Annual administration report of the Civil Veterinary Department of India - 1907-1908
Year: 1907
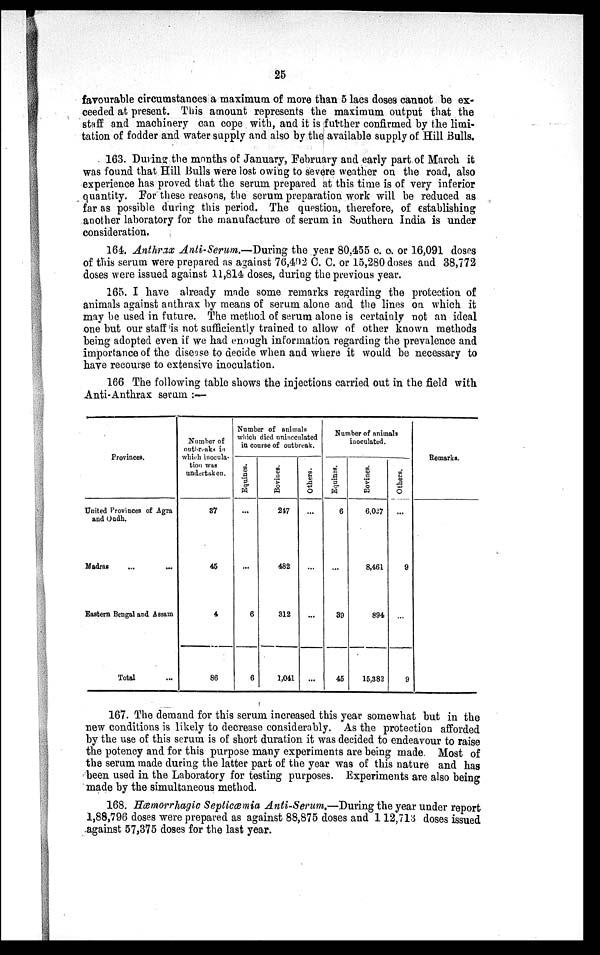
25
favourable circumstances a maximum of more than 5 lacs doses cannot be ex-
ceeded at present. This amount represents the maximum output that the
staff and machinery can cope with, and it is further confirmed by the limi-
tation of fodder and water supply and also by the available supply of Hill Bulls.
163. During the months of January, February and early part of March it
was found that Hill Bulls were lost owing to severe weather on the road, also
experience has proved that the serum prepared at this time is of very inferior
quantity. For these reasons, the serum preparation work will be reduced as
far as possible during this period. The question, therefore, of establishing
another laboratory for the manufacture of serum in Southern India is under
consideration,
164. Anthrax Anti-Serum.—During the year 80,455 c. c. or 16,091 doses
of this serum were prepared as against 76,402 C. C. or 15,280 doses and 38,772
doses were issued against 11,814 doses, during the previous year.
165. I have already made some remarks regarding the protection of
animals against anthrax by means of serum alone and the lines on which it
may be used in future. The method of serum alone is certainly not an ideal
one but our staff is not sufficiently trained to allow of other known methods
being adopted even if we had enough information regarding the prevalence and
importance of the disease to decide when and where it would be necessary to
have recourse to extensive inoculation.
166 The following table shows the injections carried out in the field with
Anti-Anthrax serum :—
Provinces.
United Provinces of Agra
and Oudh.
Madras ... ...
Eastern Bengal and Assam
Total ...
Number of
outbreaks in
which inocula-
tion was
undertaken.
37
45
4
86
Number of animals
which died uninoculated
in course of outbreak.
Equines.
...
...
6
6
Bovines.
247
482
312
1,041
Others.
...
...
...
...
Number of animals
inoculated.
Equines.
6
...
39
45
Bovines.
6,027
8,461
894
15,382
Others.
...
9
...
9
Remarks.
167. The demand for this serum increased this year somewhat but in the
new conditions is likely to decrease considerably. As the protection afforded
by the use of this serum is of short duration it was decided to endeavour to raise
the potency and for this purpose many experiments are being made. Most of
the serum made during the latter part of the year was of this nature and has
been used in the Laboratory for testing purposes. Experiments are also being
made by the simultaneous method.
168. Hæmorrhagic Septicæmia Anti-Serum.—During the year under report
1,88,796 doses were prepared as against 88,875 doses and 1 12,713 doses issued
against 57,375 doses for the last year.